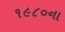
૧૯૮૦ના